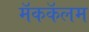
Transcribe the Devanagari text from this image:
मॅककॅलम